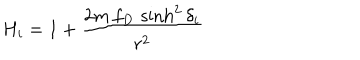
LaTeX: H _ { i } = 1 + { \frac { 2 m \, f _ { D } \, \sinh ^ { 2 } \delta _ { i } } { r ^ { 2 } } }